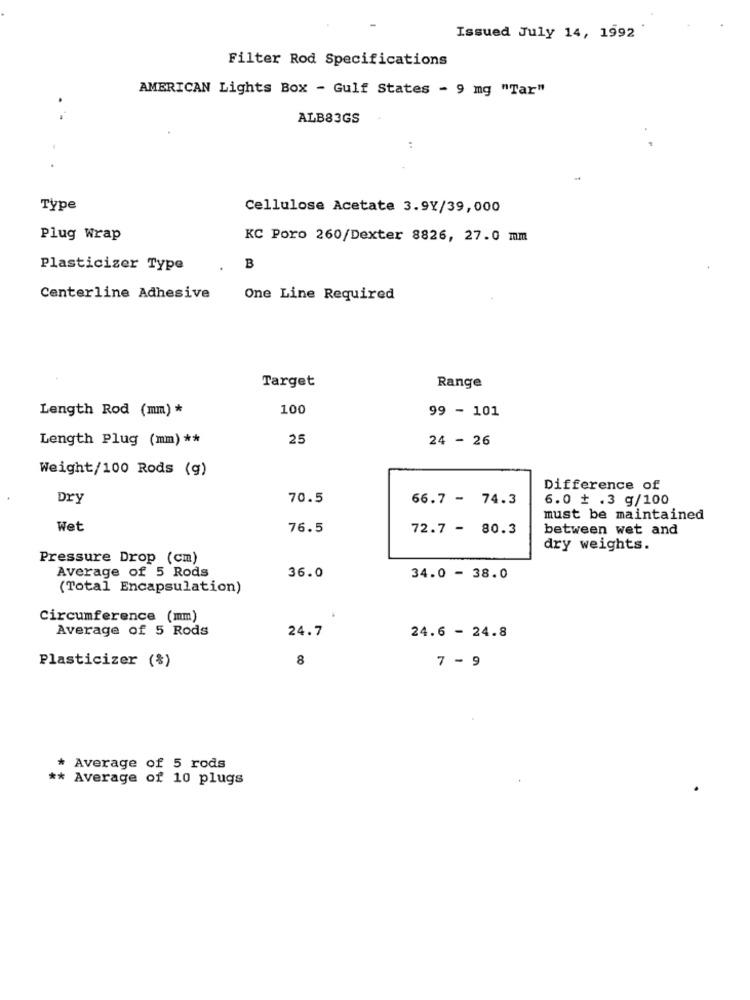
Issued July 14, 1992
Filter Rod Specifications
AMERICAN Lights Box - Gulf States - 9 mg "Tar"
. -
ALB83GS
:
Type
Cellulose Acetate 3.9Y/39,000
Plug Wrap
KC Poro 260/Dexter 8826, 27.0 mm
Plasticizer Type
B
Centerline Adhesive
One Line Required
Target
Range
Length Rod (mm) *
100
99 - 101
Length Plug (mm) **
25
24 - 26
Weight/100 Rods (g)
Difference of
Dry
70.5
66.7 - 74.3
6.0 + .3 g/100
must be maintained
Wet
76.5
72.7 - 80.3
between wet and
dry weights.
Pressure Drop (cm)
Average of 5 Rods
36.0
34.0 - 38.0
(Total Encapsulation)
Circumference (mm)
.
Average of 5 Rods
24.7
24.6 - 24.8
Plasticizer (%)
8
7 - 9
* Average of 5 rods
** Average of 10 plugs